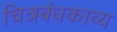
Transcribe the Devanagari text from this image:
चित्रबंधकाव्य